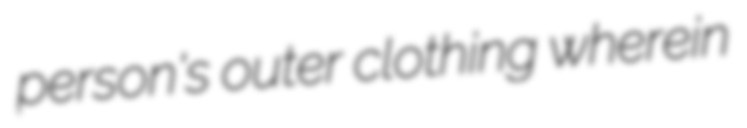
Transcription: person's outer clothing wherein